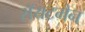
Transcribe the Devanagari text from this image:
रॉयटमैन